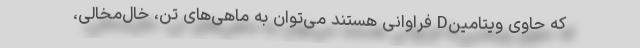
که حاوی ویتامینD فراوانی هستند می‌توان به ماهی‌های تن، خال‌مخالی،